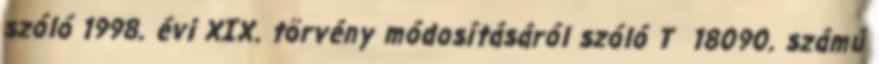
szóló 1998. évi XIX. törvény módosításáról szóló T 18090. számú